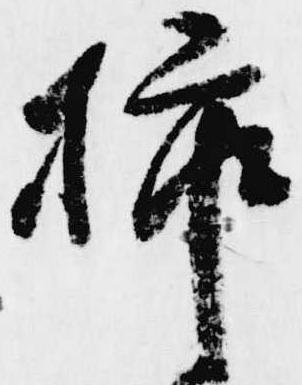
挿